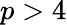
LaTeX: p>4